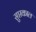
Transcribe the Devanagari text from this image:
सुप्तकाल